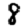
Digit: 8